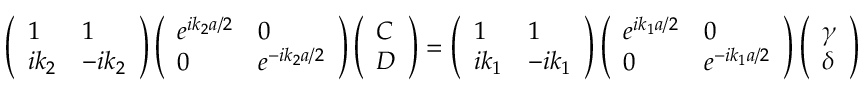
\left( \begin{array} { l l } { 1 } & { 1 } \\ { i k _ { 2 } } & { - i k _ { 2 } } \end{array} \right) \left( \begin{array} { l l } { e ^ { i k _ { 2 } a / 2 } } & { 0 } \\ { 0 } & { e ^ { - i k _ { 2 } a / 2 } } \end{array} \right) \left( \begin{array} { l } { C } \\ { D } \end{array} \right) = \left( \begin{array} { l l } { 1 } & { 1 } \\ { i k _ { 1 } } & { - i k _ { 1 } } \end{array} \right) \left( \begin{array} { l l } { e ^ { i k _ { 1 } a / 2 } } & { 0 } \\ { 0 } & { e ^ { - i k _ { 1 } a / 2 } } \end{array} \right) \left( \begin{array} { l } { \gamma } \\ { \delta } \end{array} \right)